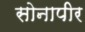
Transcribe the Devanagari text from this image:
सोनापीर